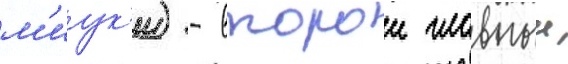
м'иук'и) - второи главныи